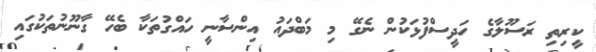
ކީރިތި ރަސޫލާގެ ހަދީސްފުޅަކުން ނެގޭ މި މަބްދައު އިންސާނީ ހައްގުތަކާ ބެހޭ ގާނޫނުތަކުގައި